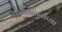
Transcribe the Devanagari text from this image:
राज्यशासनांच्या